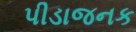
પીડાજનક